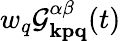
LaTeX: w_{q}\mathcal{G}_{\mathbf{kpq}}^{\alpha\beta}(t)